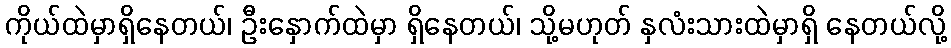
ကိုယ်ထဲမှာရှိနေတယ်၊ ဦးနှောက်ထဲမှာ ရှိနေတယ်၊ သို့မဟုတ် နှလံးသားထဲမှာရှိ နေတယ်လို့